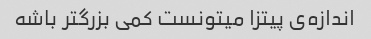
اندازه‌ی پیتزا میتونست کمی بزرگتر باشه